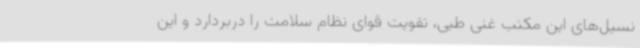
نسیل‌های این مکتب غنی طبی، تقویت قوای نظام سلامت را دربردارد و این